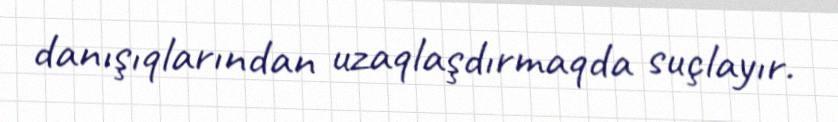
danışıqlarından uzaqlaşdırmaqda suçlayır.